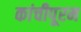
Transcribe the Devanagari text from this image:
कांचीपूरम